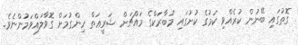
ގޮތުގައި ބޭނުން ކުރެއްވި ކަމުގެ ކުށުގައި މުބާރަކްގެ މައްޗަށް ޝަރީޢަތް ހިންގުމަށް ގޮވާލައްވަމުންނެވެ.